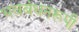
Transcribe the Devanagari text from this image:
भवबंधनरूपी